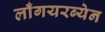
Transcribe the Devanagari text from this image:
लाँगयरब्येन